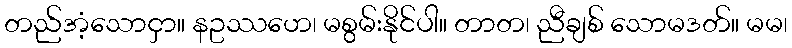
တည်အံ့သောငှာ။ နဥဿဟေ၊ မစွမ်းနိုင်ပါ။ တာတ၊ ညီချစ် သောမဒတ်။ မမ၊